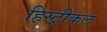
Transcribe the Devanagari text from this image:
हिस्ट्रीकल